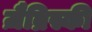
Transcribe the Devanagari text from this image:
ज़ैब्रिस्की